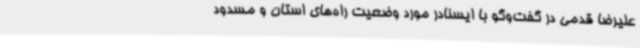
علیرضا قدمی در گفت‌وگو با ایسنادر مورد وضعیت راه‌های استان و مسدود